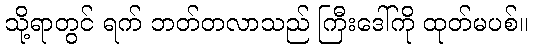
သို့ရာတွင် ရက် ဘတ်တလာသည် ကြီးဒေါ်ကို ထုတ်မပစ်။